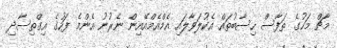
މާޗް މަހުގެ ތަފާސް ހިސާބުތައް އެކުލަވާލައި އެމްއެމްއޭއިން ނެރުނު އެންމެ ފަހުގެ އިގްތިސާދި